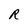
Character: R